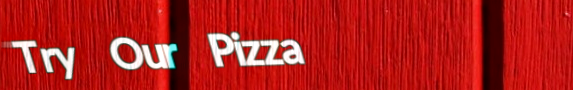
Try Our Pizza